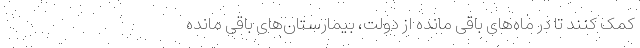
کمک کنند تا در ماه‌های باقی مانده از دولت، بیمارستان‌های باقی مانده